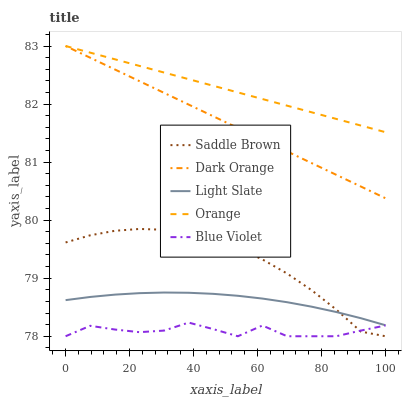
| xaxis_label | Saddle Brown | Dark Orange | Light Slate | Orange | Blue Violet |
 | --- | --- | --- | --- | --- | --- |
 | 0 | 79.6 | 83 | 78.6 | 83 | 78 |
 | 7.69 | 79.7 | 82.8 | 78.7 | 82.9 | 78.2 |
 | 15.4 | 79.8 | 82.6 | 78.7 | 82.8 | 78.1 |
 | 23.1 | 79.8 | 82.4 | 78.7 | 82.7 | 78.1 |
 | 30.8 | 79.8 | 82.2 | 78.8 | 82.5 | 78.1 |
 | 38.5 | 79.8 | 82 | 78.7 | 82.4 | 78.2 |
 | 46.2 | 79.7 | 81.8 | 78.7 | 82.3 | 78.1 |
 | 53.8 | 79.5 | 81.6 | 78.7 | 82.2 | 78 |
 | 61.5 | 79.3 | 81.4 | 78.6 | 82.1 | 78.2 |
 | 69.2 | 79.1 | 81.2 | 78.6 | 82 | 78 |
 | 76.9 | 78.8 | 81 | 78.5 | 81.9 | 78 |
 | 84.6 | 78.5 | 80.8 | 78.4 | 81.7 | 78 |
 | 92.3 | 78.1 | 80.6 | 78.3 | 81.6 | 78.1 |
 | 100 | 78 | 80.4 | 78.2 | 81.5 | 78.2 |